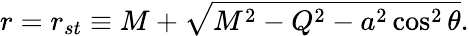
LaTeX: r=r_{st}\equiv M+\sqrt{M^{2}-Q^{2}-a^{2}\cos^{2}\theta}.